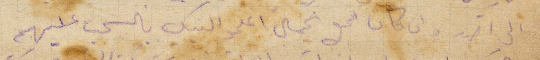
الى احد وان كان بمحل عمال اعلموا البنك بالسحب عليهم